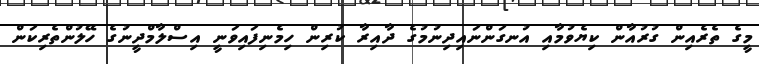
މީގެ ތެރެއިން ގުރުއާން ކިޔެވުމާއި އުނގަންނައިދިނުމުގެ ދާއިރާ ކުރިން ހިމެނިފައިވަނީ އިސްލާމްދީނުގެ ހޭލުންތެރިކަން